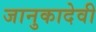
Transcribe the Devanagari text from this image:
जानुकादेवी